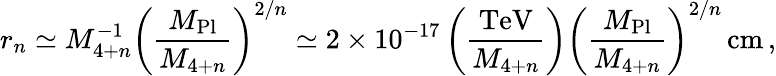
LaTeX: r_{n}\simeq M_{4+n}^{-1}\left(\frac{M_{\mathrm{Pl}}}{M_{4+n}}\right)^{2/n}\simeq 2\times 10^{-17}\left(\frac{\mathrm{TeV}}{M_{4+n}}\right)\left(\frac{M_{\mathrm{Pl}}}{M_{4+n}}\right)^{2/n}\, \mathrm{cm}\, ,